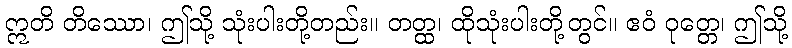
ဣတိ တိဿော၊ ဤသို့ သုံးပါးတို့တည်း။ တတ္ထ၊ ထိုသုံးပါးတို့တွင်။ ဧဝံ ဝုတ္တေ၊ ဤသို့